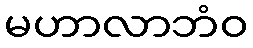
မဟာလာဘံဝ